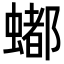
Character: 𬠩